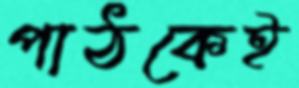
পাঠকেই